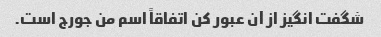
شگفت انگیز از آن عبور کن اتفاقاً اسم من جورج است.